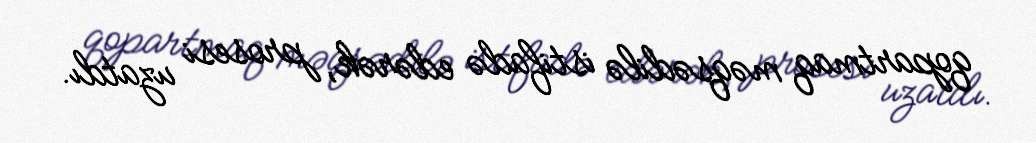
qopartmaq məqsədilə istifadə edərək, prosesi uzatdı.